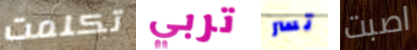
تكلمت تربي تسر اصبت